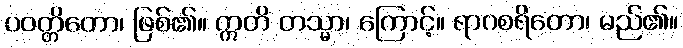
ပဝတ္တိတော၊ ဖြစ်၏။ ဣတိ တသ္မာ၊ ကြောင့်။ ရာဂစရိတော၊ မည်၏။